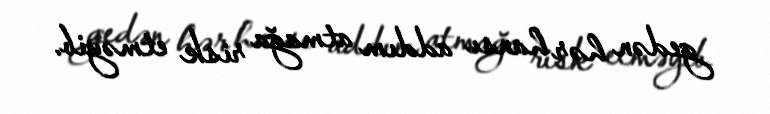
gedən hər hansı addım atmağa risk etməyib.